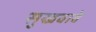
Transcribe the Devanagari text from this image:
सुखवावे